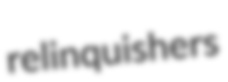
relinquishers